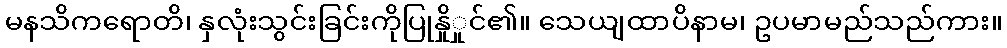
မနသိကရောတိ၊ နှလုံးသွင်းခြင်းကိုပြုနှိုှုင်၏။ သေယျထာပိနာမ၊ ဥပမာမည်သည်ကား။